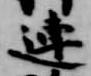
連